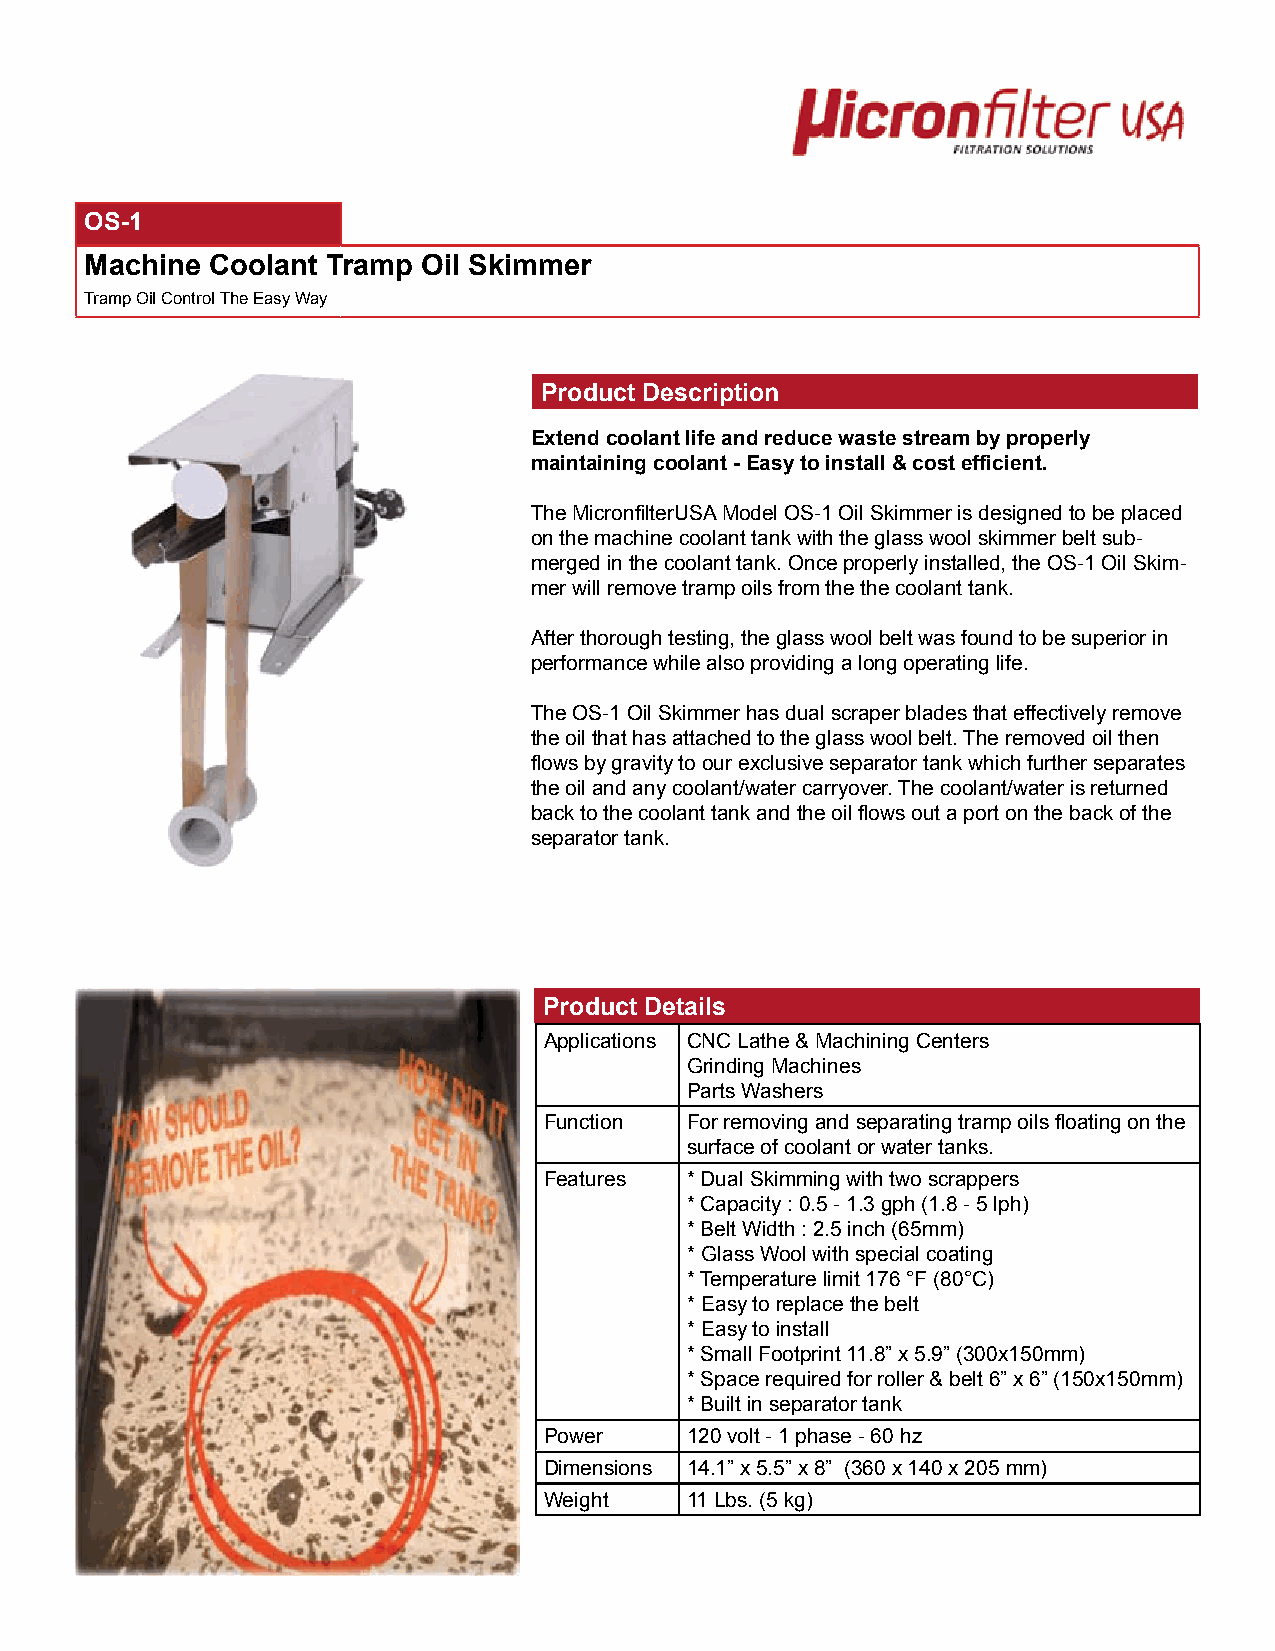
OS-1
 Machine Coolant Tramp Oil Skimmer
 Tramp Oil Control The Easy Way
 Product Description
 Extend coolant life and reduce waste stream by properly
 maintaining coolant - Easy to install & cost efficient.
 The MicronfilterUSA Model OS-1 Oil Skimmer is designed to be placed
 on the machine coolant tank with the glass wool skimmer belt sub-
 merged in the coolant tank. Once properly installed, the OS-1 Oil Skim-
 mer will remove tramp oils from the the coolant tank.
 After thorough testing, the glass wool belt was found to be superior in
 performance while also providing a long operating life.
 The OS-1 Oil Skimmer has dual scraper blades that effectively remove
 the oil that has attached to the glass wool belt. The removed oil then
 flows by gravity to our exclusive separator tank which further separates
 the oil and any coolant/water carryover. The coolant/water is returned
 back to the coolant tank and the oil flows out a port on the back of the
 separator tank.
 Product Details
 Applications CNC Lathe & Machining Centers
 Grinding Machines
 Parts Washers
 Function  For removing and separating tramp oils floating on the
 surface of coolant or water tanks.
 Features  * Dual Skimming with two scrappers
 * Capacity : 0.5 - 1.3 gph (1.8 - 5 lph)
 * Belt Width : 2.5 inch (65mm)
 * Glass Wool with special coating
 * Temperature limit 176 °F (80°C)
 * Easy to replace the belt
 * Easy to install
 * Small Footprint 11.8” x 5.9” (300x150mm)
 * Space required for roller & belt 6” x 6” (150x150mm)
 * Built in separator tank
 Power     120 volt - 1 phase - 60 hz
 Dimensions 14.1” x 5.5” x 8” (360 x 140 x 205 mm)
 Weight    11 Lbs. (5 kg)